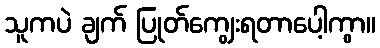
သူကပဲ ချက် ပြုတ်ကျွေးရတာပေါ့ကွာ။